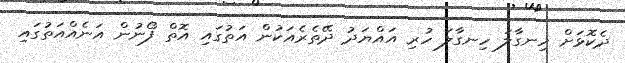
ދެކޮޅަށް ހިނގާލަ ހިނގާލަ ހުރި އައްޔަދު ދޭތެރެއަކުން އަތުގައި އޮތް ފޯނުން އަނެއްއަތުގައި